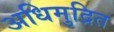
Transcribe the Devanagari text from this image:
अधिमुद्रित